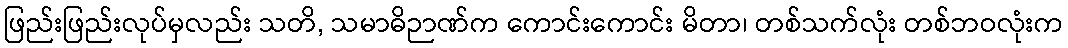
ဖြည်းဖြည်းလုပ်မှလည်း သတိ, သမာဓိဉာဏ်က ကောင်းကောင်း မိတာ၊ တစ်သက်လုံး တစ်ဘဝလုံးက